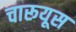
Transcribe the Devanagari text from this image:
चारूयूस